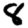
Digit: 8